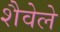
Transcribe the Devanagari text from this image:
शैवेले